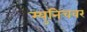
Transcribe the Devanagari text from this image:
म्युनिचवर